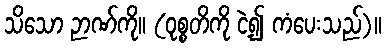
သိသော ဉာဏ်ကို။ (ဝုစ္စတိကို ငဲ့၍ ကံပေးသည်)။